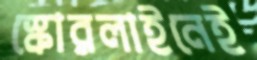
স্কোরলাইনেই